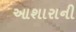
આશારાની